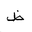
Letter: _za